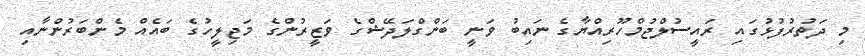
މި ދަތުރުފުޅުގައި ރައީސުލްޖުމްހޫރިއްޔާގެ ނައިބު ވަނީ ބަންގްލަދޭޝްގެ ވަޒީރުންގެ މަޖިލީހުގެ ބައެއް މެންބަރުންނާއި